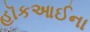
હૉકઆઈના